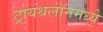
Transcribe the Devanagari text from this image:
ट्रायथलॉनमध्ये